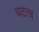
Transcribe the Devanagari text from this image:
घटत्च